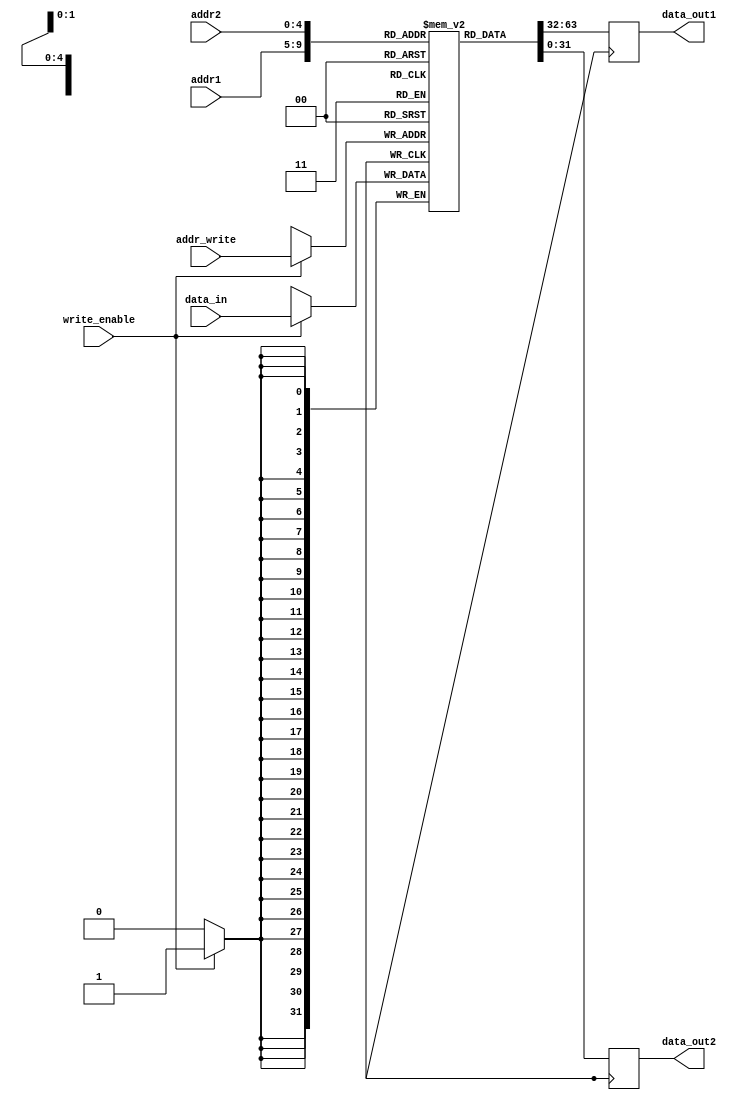
module RegisterFile (
    input wire [4:0] addr1, // Address for first register
    input wire [4:0] addr2, // Address for second register
    input wire [4:0] addr_write, // Address for register to be written to
    input wire write_enable, // Write enable signal
    input wire [31:0] data_in, // Data to be written to register
    output reg [31:0] data_out1, // Data from first register
    output reg [31:0] data_out2 // Data from second register
);

reg [31:0] registers [31:0]; // Array of registers

always @(posedge clock) begin
    if (write_enable) begin
        registers[addr_write] <= data_in;
    end
    data_out1 <= registers[addr1];
    data_out2 <= registers[addr2];
end

endmodule